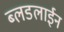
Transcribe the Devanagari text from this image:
ब्लडलाईन